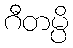
ဂီတမ္ပိ